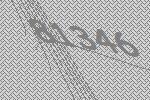
81346